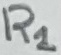
Text: R1